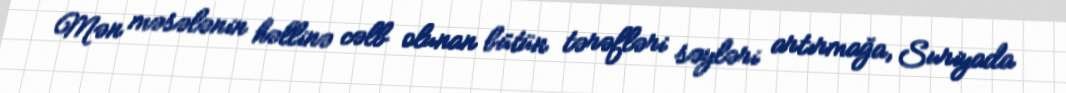
Mən məsələnin həllinə cəlb olunan bütün tərəfləri səyləri artırmağa, Suriyada